Investigations on Bengal jail dietaries - Number 37
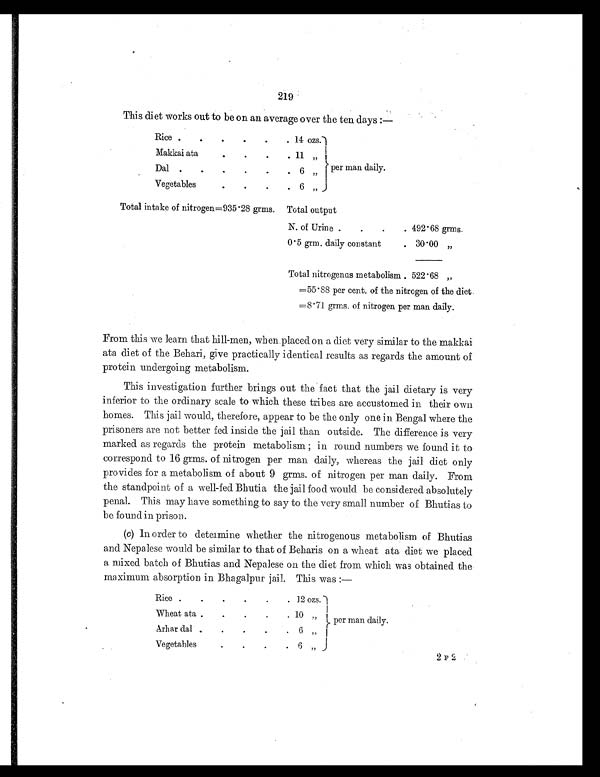
219
This diet works out to be on an average over the ten days :—
Rice .
.
.
.
.
. 14 ozs.
per man daily.
Makkai ata
.
.
.
. 11
”
Dal
.
.
.
.
.
. 6
”
Vegetables
.
.
. . 6 „
Total intake of nitrogen=935.28 grms.
Total output
N. of Urine .
.
.
. 492.68 grms.
0.5 grm. daily con stant
. 30.00 ”
Total nitrogenus metabolism . 522 .68 „
=55.88 per cent. of the nitrogen of the diet
=8.71 grms. of nitrogen per man daily.
From this we learn that hill-men, when placed on a diet very similar to the makkai
ata diet of the Behari, give practically identical results as regards the amount of
protein undergoing metabolism.
This investigation further brings out the fact that the jail dietary is very
inferior to the ordinary scale to which these tribes are accustomed in their own
homes. This jail would, therefore, appear to be the only one in Bengal where the
prisoners are not better fed inside the jail than outside. The difference is very
marked as regards the protein metabolism; in round numbers we found it to
correspond to 16 grms. of nitrogen per man daily, whereas the jail diet only
provides for a metabolism of about 9 grms. of nitrogen per man daily. From
the standpoint of a well-fed Bhutia the jail food would be considered absolutely
penal. This may have something to say to the very small number of Bhutias to
be found in prison.
(c) In order to determine whether the nitrogenous metabolism of Bhutias
and Nepalese would be similar to that of Beharis on a wheat ata diet we placed
a mixed batch of Bhutias and Nepalese on the diet from which was obtained the
maximum absorption in Bhagalpur jail. This was :—
Rice
.
.
.
.
. 12 ozs.
per man daily.
Wheat ata .
.
.
.
. 10
”
A r h a r d a l
.
.
.
.
.
6
”
Vegetables
.
.
.
.
6 . ,,
2 F 2